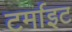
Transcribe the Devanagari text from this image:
टर्माइट